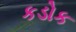
કડોક